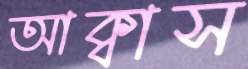
আক্বাস